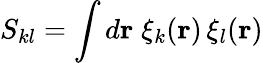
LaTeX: S_{kl}=\int d{\mathbf r}\; \xi_{k}({\mathbf r})\, \xi_{l}({\mathbf r})